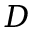
D